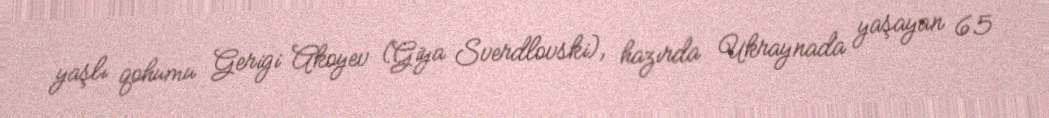
yaşlı qohumu Gerigi Akoyev (Giya Sverdlovski), hazırda Ukraynada yaşayan 65